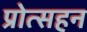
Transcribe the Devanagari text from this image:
प्रोत्सहन